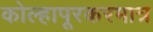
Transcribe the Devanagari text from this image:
कोल्हापूरकरमात्र